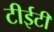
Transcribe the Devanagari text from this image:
टीईटी